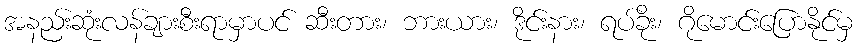
အနည်းဆုံးလန်ချားစီးရာမှာပင် ဆီးတား၊ ဘားယား၊ ဒိုင်းနား၊ ရပ်ခိုး၊ ဂိုမောင်းပြောနိုင်မှ